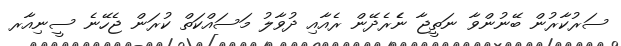
ސަރުކާރުން ބޭނުންވާ ނަތީޖާ ނެެރެދޭން ރެއާއި ދުވާލު މަސައްކަތް ކުރަން ޖެހޭނެ ސީނިއާރ